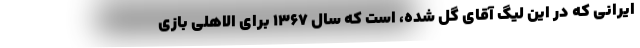
ایرانی که در این لیگ آقای گل شده، است که سال 1367 برای الاهلی بازی